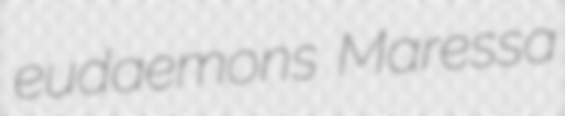
eudaemons Maressa